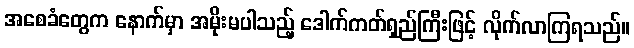
အစေခံတွေက နောက်မှာ အမိုးမပါသည့် ဒေါက်ကတ်ရှည်ကြီးဖြင့် လိုက်လာကြရသည်။